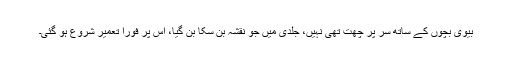
بیوی بچوں کے ساتھ سر پر چھت تھی نہیں، جلدی میں جو نقشہ بن سکا بن گیا، اس پر فوراً تعمیر شروع ہو گئی۔